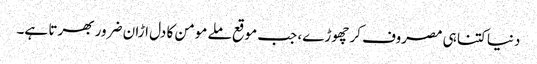
دنیا کتنا ہی مصروف کر چھوڑے، جب موقع ملے مومن کا دل اڑان ضرور بھرتا ہے۔